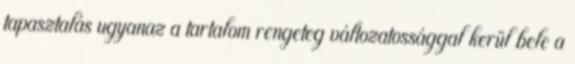
tapasztalás ugyanaz a tartalom rengeteg változatossággal kerül bele a